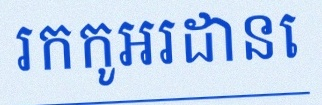
រកកូអរដោនេ